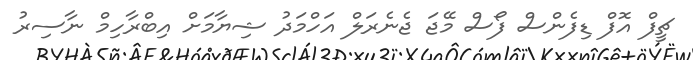
ޗީފް އޮފް ޑިފެންސް ފޯސް މޭޖަ ޖެނެރަލް އަހްމަދު ޝިޔާމަށް އިބްރާހިމް ނާސިރު